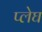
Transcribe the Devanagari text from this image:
प्लेघ